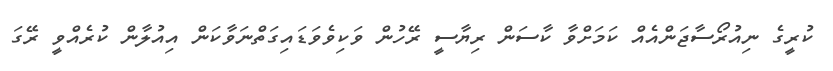
ކުރީގެ ނިއުރޯސާޖަންއެއް ކަމަށްވާ ކާސަން ރިޔާސީ ރޭހުން ވަކިވެވަޑައިގަތްނަވާކަން އިއުލާން ކުރެއްވީ ރޭގަ